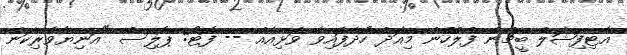
އާޓިފިޝަލް ބީޗުން ފުލުހުން މިއަދު ހޯދާފައިވާ ވަޅިއެއް -- ފޮޓޯ: ޕޮލިސް "އަނިޔާވެރިކަން